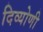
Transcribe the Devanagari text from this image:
दिव्योणी